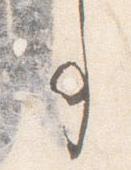
事